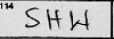
Transcription: SHW